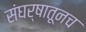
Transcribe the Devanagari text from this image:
संघर्षातूनच